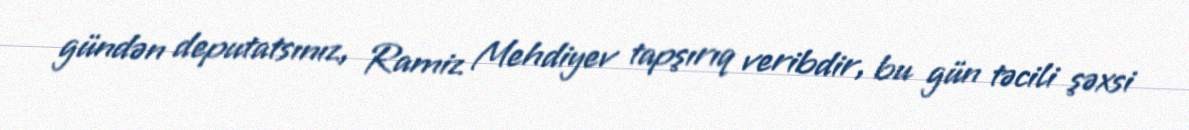
gündən deputatsınız, Ramiz Mehdiyev tapşırıq veribdir, bu gün təcili şəxsi